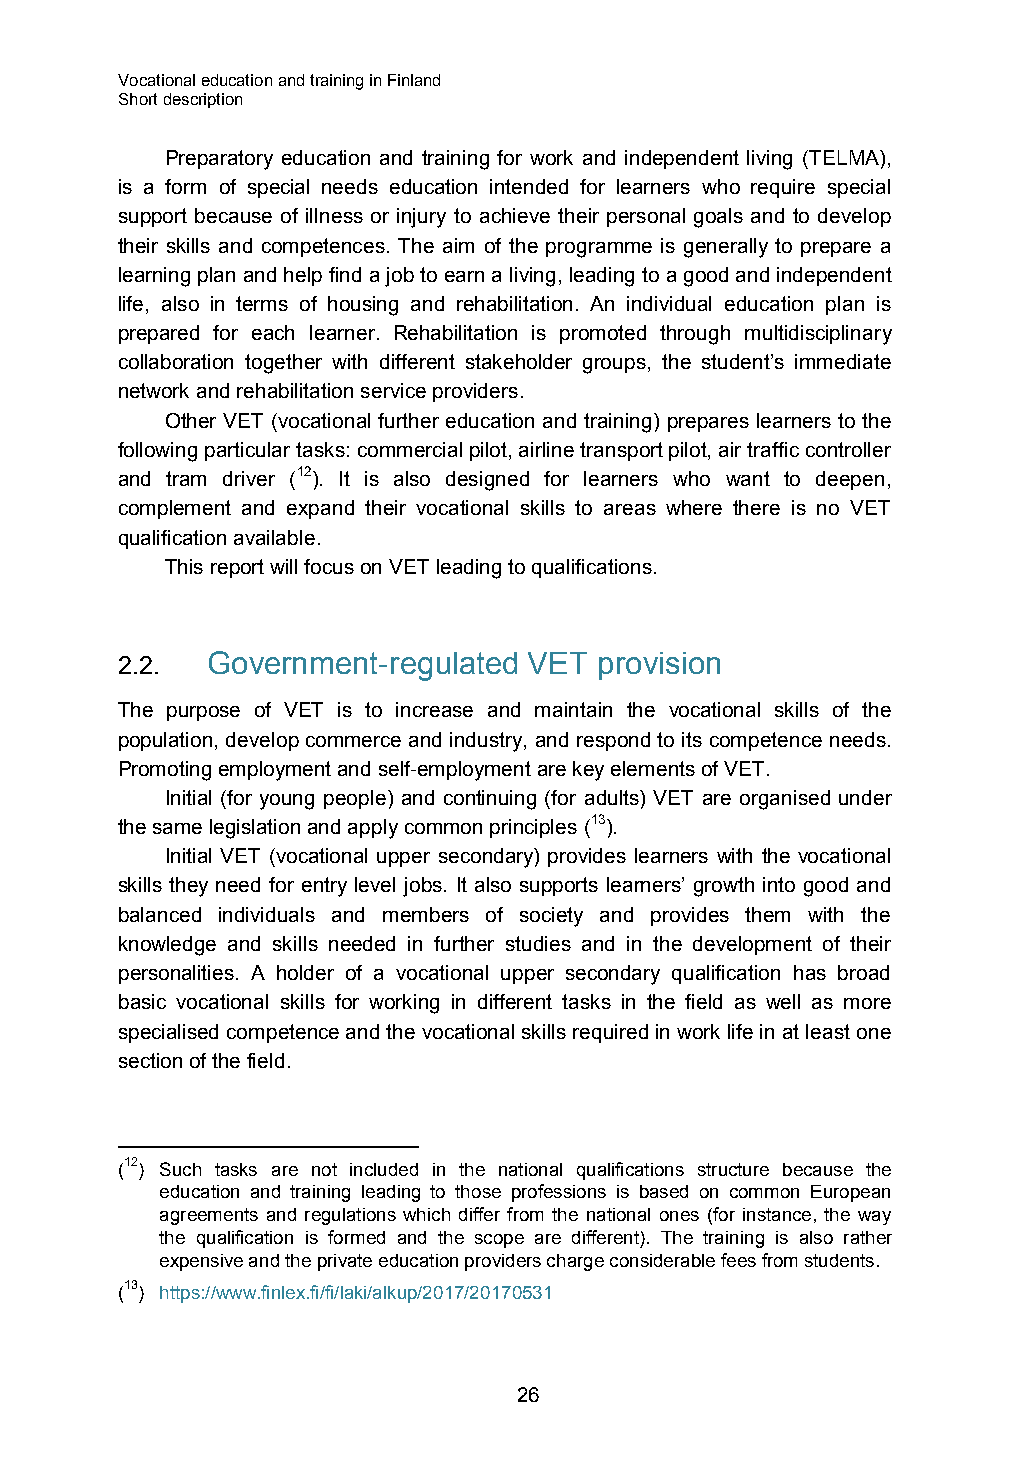
Vocational education and training in Finland
 Short description
 Preparatory education and training for work and independent living (TELMA),
 is a form of special needs education intended for learners who require special
 support because of illness or injury to achieve their personal goals and to develop
 their skills and competences. The aim of the programme is generally to prepare a
 learning plan and help find a job to earn a living, leading to a good and independent
 life, also in terms of housing and rehabilitation. An individual education plan is
 prepared for each learner. Rehabilitation is promoted through multidisciplinary
 collaboration together with different stakeholder groups, the student’s immediate
 network and rehabilitation service providers.
 Other VET (vocational further education and training) prepares learners to the
 following particular tasks: commercial pilot, airline transport pilot, air traffic controller
 and tram driver (12). It is also designed for learners who want to deepen,
 complement and expand their vocational skills to areas where there is no VET
 qualification available.
 This report will focus on VET leading to qualifications.
 2.2.  Government-regulated VET  provision
 The purpose of VET is to increase and maintain the vocational skills of the
 population, develop commerce and industry, and respond to its competence needs.
 Promoting employment and self-employment are key elements of VET.
 Initial (for young people) and continuing (for adults) VET are organised under
 the same legislation and apply common principles (13).
 Initial VET (vocational upper secondary) provides learners with the vocational
 skills they need for entry level jobs. It also supports learners’ growth into good and
 balanced individuals and members of society and provides them with the
 knowledge and skills needed in further studies and in the development of their
 personalities. A holder of a vocational upper secondary qualification has broad
 basic vocational skills for working in different tasks in the field as well as more
 specialised competence and the vocational skills required in work life in at least one
 section of the field.
 (12) Such tasks are not included in the national qualifications structure because the
 education and training leading to those professions is based on common European
 agreements and regulations which differ from the national ones (for instance, the way
 the qualification is formed and the scope are different). The training is also rather
 expensive and the private education providers charge considerable fees from students.
 (13) https://www.finlex.fi/fi/laki/alkup/2017/20170531
 26